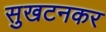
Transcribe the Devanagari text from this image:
सुखटनकर